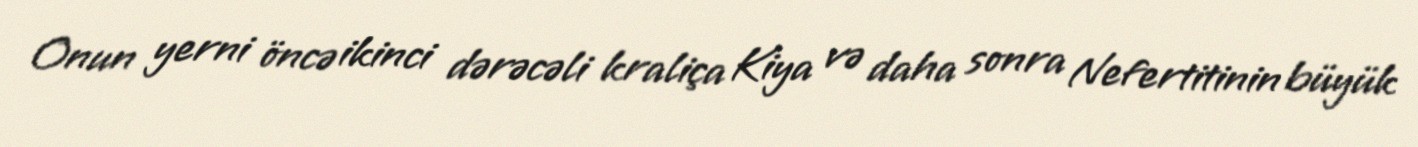
Onun yerni öncə ikinci dərəcəli kraliça Kiya və daha sonra Nefertitinin büyük